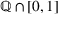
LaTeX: \mathbb { Q } \cap [ 0 , 1 ]